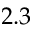
2 . 3